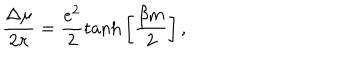
LaTeX: \frac { \Delta \mu } { 2 \pi } = \frac { e ^ { 2 } } { 2 } \mathrm { t a n h } \left[ \frac { \beta m } { 2 } \right] ,